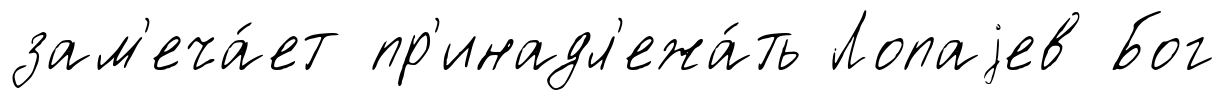
зам'еча́ет пр'инадл'ежа́ть Лопаjев Бог